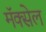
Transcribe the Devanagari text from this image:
मॅक्‍सेल